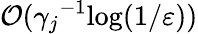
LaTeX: \mathcal{O}({\gamma_{j}}^{-1}\mathrm{log}(1/\varepsilon))